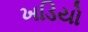
ખડિયો